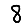
Digit: 8